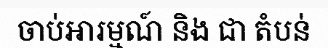
ចាប់អារម្មណ៍ និង ជា តំបន់